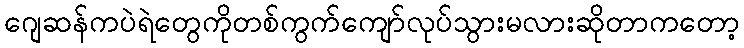
ဂျေဆန်ကပဲရဲတွေကိုတစ်ကွက်ကျော်လုပ်သွားမလားဆိုတာကတော့